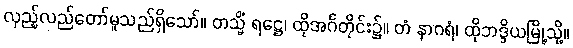
လှည့်လည်တော်မူသည်ရှိသော်။ တသ္မိံ ရဋ္ဌေ၊ ထိုအင်္ဂတိုင်း၌။ တံ နာဂရံ၊ ထိုဘဒ္ဒိယမြို့သို့။